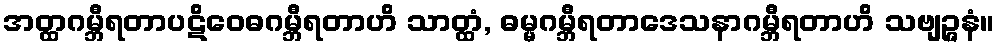
အတ္ထဂမ္ဘီရတာပဋိဝေဓဂမ္ဘီရတာဟိ သာတ္ထံ, ဓမ္မဂမ္ဘီရတာဒေသနာဂမ္ဘီရတာဟိ သဗျဉ္ဇနံ။